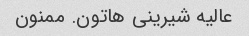
عالیه شیرینی هاتون. ممنون